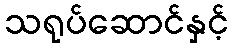
သရုပ်ဆောင်နှင့်